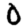
Digit: 0